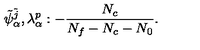
\tilde { \psi } _ { \alpha } ^ { \tilde { j } } , \lambda _ { \alpha } ^ { p } : - \frac { N _ { c } } { N _ { f } - N _ { c } - N _ { 0 } } .